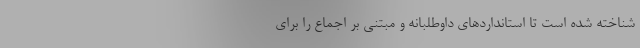
شناخته شده است تا استانداردهای داوطلبانه و مبتنی بر اجماع را برای